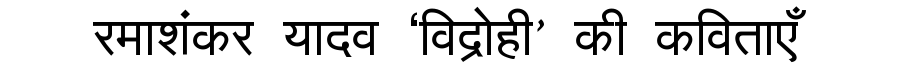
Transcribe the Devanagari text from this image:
रमाशंकर यादव ‘विद्रोही’ की कविताएँ